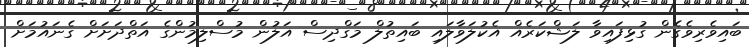
ބައިވެރިވެގެން ގުޅިފައިވާ ލަޝްކަރެއް އެކުލަވާލައި ބައިތުލް މަގްދިސް އަލުން މުސްލިމުންގެ އަތްދަށަށް ގެނައުމަށް